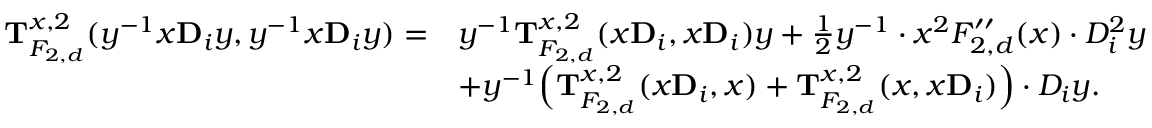
\begin{array} { r l } { \mathbf { T } _ { F _ { 2 , d } } ^ { x , 2 } ( y ^ { - 1 } x \mathbf { D } _ { i } y , y ^ { - 1 } x \mathbf { D } _ { i } y ) = } & { y ^ { - 1 } \mathbf { T } _ { F _ { 2 , d } } ^ { x , 2 } ( x \mathbf { D } _ { i } , x \mathbf { D } _ { i } ) y + \frac 1 2 y ^ { - 1 } \cdot x ^ { 2 } F _ { 2 , d } ^ { \prime \prime } ( x ) \cdot D _ { i } ^ { 2 } y } \\ & { + y ^ { - 1 } \Big ( \mathbf T _ { F _ { 2 , d } } ^ { x , 2 } ( x \mathbf D _ { i } , x ) + \mathbf T _ { F _ { 2 , d } } ^ { x , 2 } ( x , x \mathbf D _ { i } ) \Big ) \cdot D _ { i } y . } \end{array}